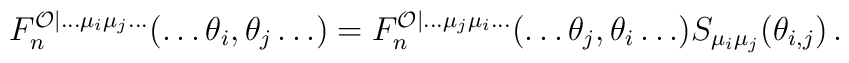
F_{n}^{\mathcal{O}|\ldots \mu _{i}\mu _{j}\ldots }(\ldots \theta _{i},\theta_{j}\ldots )=F_{n}^{\mathcal{O}|\ldots \mu _{j}\mu _{i}\ldots }(\ldots\theta _{j},\theta _{i}\ldots )S_{\mu _{i}\mu _{j}}(\theta _{i,j})\,.